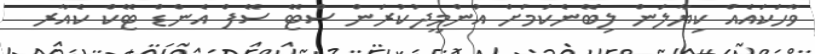
ވާހަކައެއް ކިޔާލަން ލިބޭނެކަމަށް އުންމީދުކުރަން ސްޓޭ ސޭފް އެންޑް ޓޭކް ކެއާރ